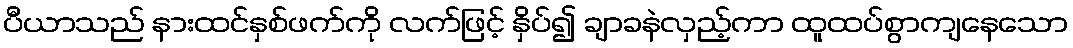
ပီယာသည် နားထင်နှစ်ဖက်ကို လက်ဖြင့် နှိပ်၍ ချာခနဲလှည့်ကာ ထူထပ်စွာကျနေသော